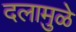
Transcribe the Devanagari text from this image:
दलामुळे